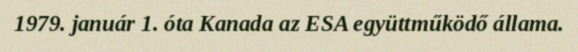
1979. január 1. óta Kanada az ESA együttműködő állama.